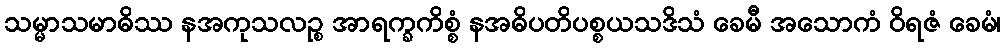
သမ္မာသမာဓိဿ နအကုသလဉ္စ အာရက္ခကိစ္စံ နအဓိပတိပစ္စယသဒိသံ ခေမီ အသောကံ ဝိရဇံ ခေမံ၊